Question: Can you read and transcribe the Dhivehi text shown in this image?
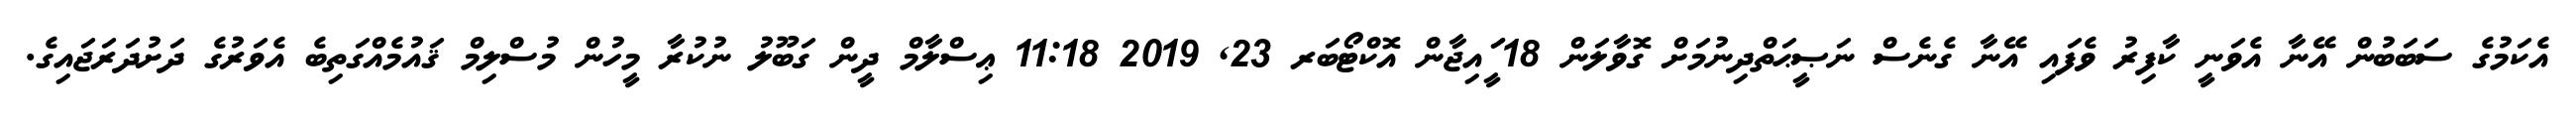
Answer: އެކަމުގެ ސަބަބުން އޭނާ އެވަނީ ކާފިރު ވެފައި އޭނާ ގެނެސް ނަޞީޙަތްދިނުމަށް ގޮވާލަން 18 ީަައިޖާން އޮކްޓޯބަރ 23, 2019 11:18 ޢިސްލާމް ދީން ގަބޫލު ނުކުރާ މީހުން މުސްލިމް ޤައުމެއްގަތިބެ އެވަރުގެ ދަށުދަރަޖައިގެ.